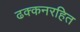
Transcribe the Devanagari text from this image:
ढक्कनरहित